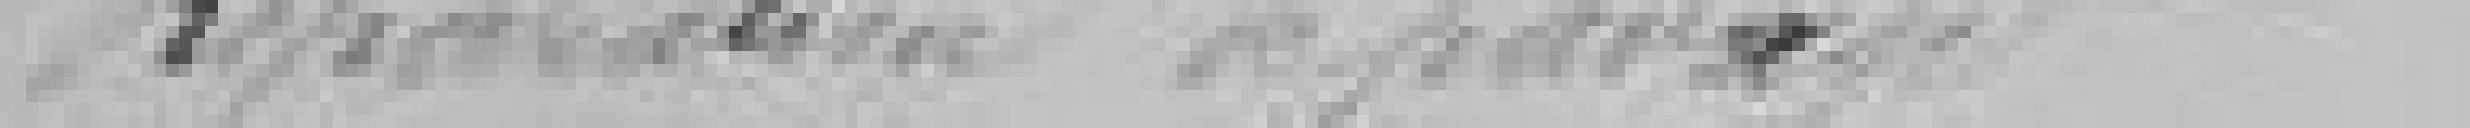
Réparation